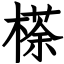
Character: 𣘻